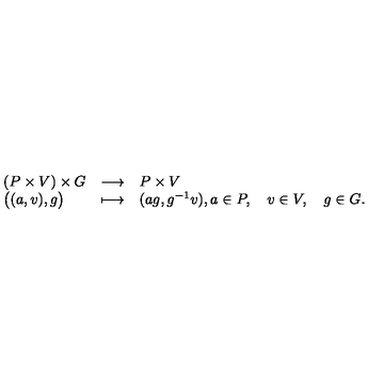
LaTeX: \begin{array} { l c l } { ( P \times V ) \times G } & { \longrightarrow } & { P \times V } \\ { \big ( ( a , v ) , g \big ) } & { \longmapsto } & { ( a g , g ^ { - 1 } v ) , a \in P , \quad v \in V , \quad g \in G . } \\ \end{array}